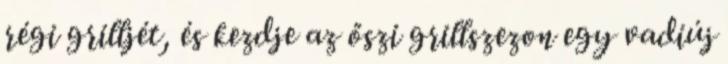
régi grilljét, és kezdje az őszi grillszezon egy vadiúj